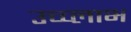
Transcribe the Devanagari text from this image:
उच्च्लाभ